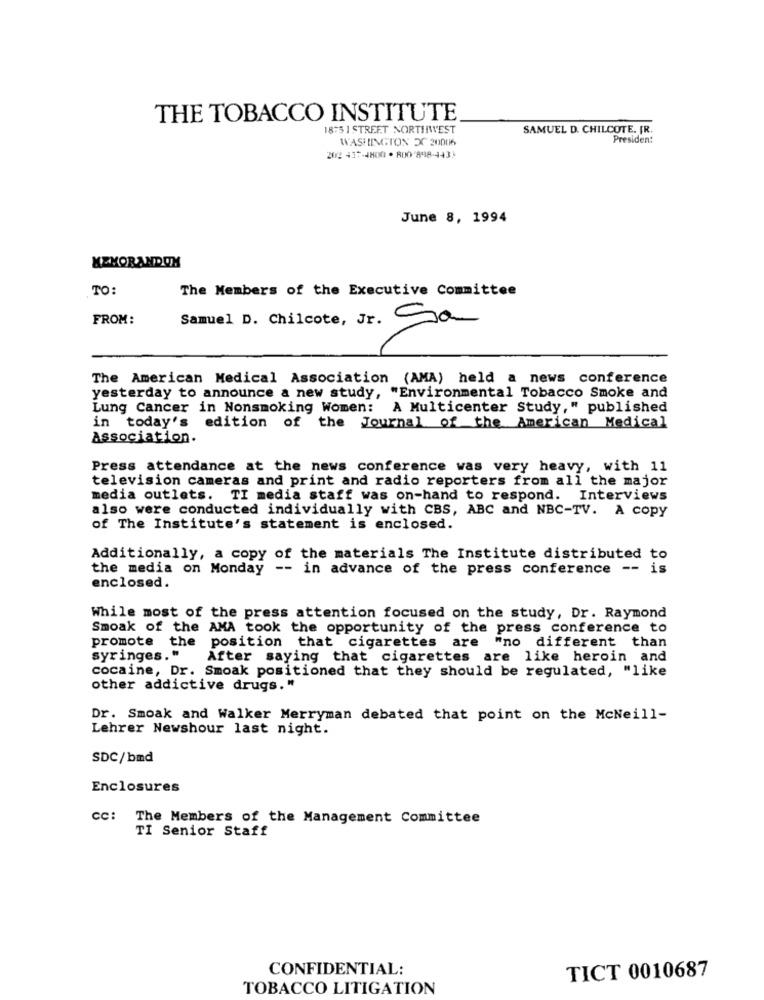
THE TOBACCO INSTITUTE
1875 1 STREET NORTHWEST
SAMUEL D. CHILCOTE. FR.
WASHINGTON X 20006
President
202 437-4800 . 800'898-4433
June 8, 1994
MEMORANDUM
TO:
The Members of the Executive Committee
FROM:
Samuel D. Chilcote, Jr. Sa
The American Medical Association (AMA) held a news conference
yesterday to announce a new study, "Environmental Tobacco Smoke and
Lung Cancer in Nonsmoking Women: A Multicenter Study," published
in today's edition of the Journal of the American Medical
Association.
Press attendance at the news conference was very heavy, with 11
television cameras and print and radio reporters from all the major
media outlets. TI media staff was on-hand to respond. Interviews
also were conducted individually with CBS, ABC and NBC-TV. A Copy
of The Institute's statement is enclosed.
Additionally, a copy of the materials The Institute distributed to
the media on Monday -- in advance of the press conference -- is
enclosed.
While most of the press attention focused on the study, Dr. Raymond
Smoak of the AMA took the opportunity of the press conference to
promote the position that cigarettes are "no different than
syringes. "
After saying that cigarettes are like heroin and
cocaine, Dr. Smoak positioned that they should be regulated, "like
other addictive drugs."
Dr. Smoak and Walker Merryman debated that point on the McNeill-
Lehrer Newshour last night.
SDC/bmd
Enclosures
CC:
The Members of the Management Committee
TI Senior Staff
CONFIDENTIAL:
TICT 0010687
TOBACCO LITIGATION